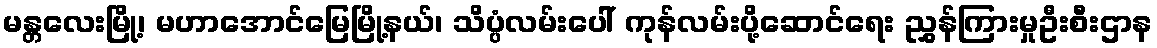
မန္တလေးမြို့၊ မဟာအောင်မြေမြို့နယ်၊ သိပ္ပံလမ်းပေါ် ကုန်လမ်းပို့ဆောင်ရေး ညွှန်ကြားမှုဦးစီးဌာန